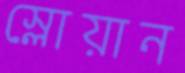
স্লোয়ান